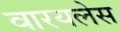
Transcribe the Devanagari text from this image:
वारयलेस